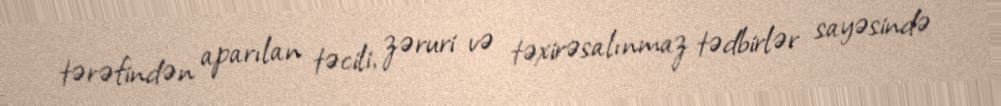
tərəfindən aparılan təcili, zəruri və təxirəsalınmaz tədbirlər sayəsində